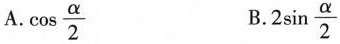
A.\cos \frac{\alpha}{2} B.2 \sin \frac{\alpha}{2}